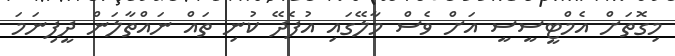
މިގޮތަށް އެމްޓީސީސީ އަށް ވެސް މާލޭގައި އުފެދޭ ކުނި ތައް ނައްތާލަން ދީފިނަމަ